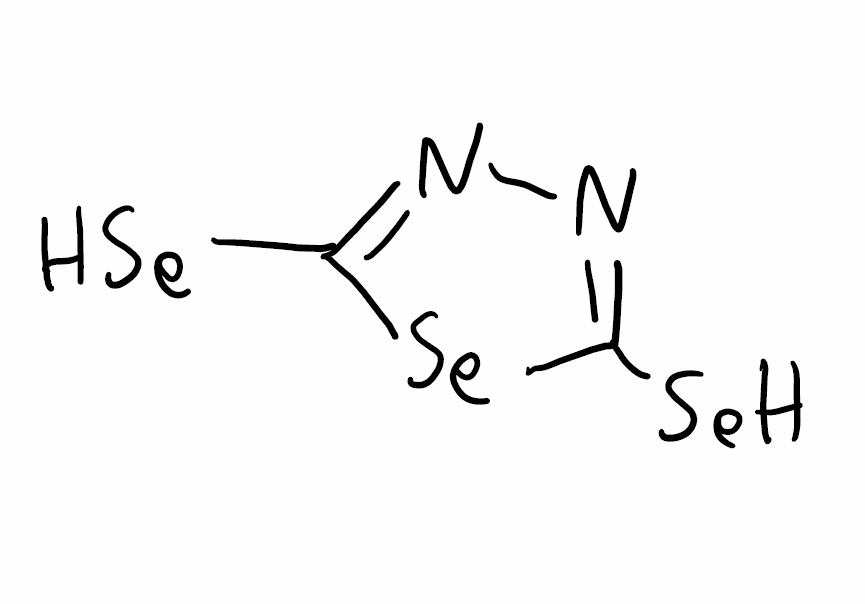
Simplified molecular-input line-entry system (SMILES) notation of the given molecule:
C1(=NN=C([Se]1)[SeH])[SeH]